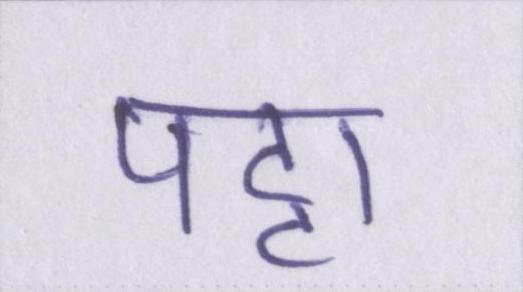
पट्टा